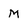
Character: M